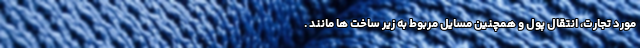
مورد تجارت، انتقال پول و همچنین مسایل مربوط به زیر ساخت ها مانند .